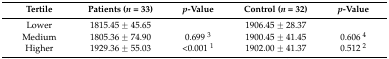
| Tertile | Patients (n = 33) | p-Value | Control (n = 32) | p-Value |
 | --- | --- | --- | --- | --- |
 | Lower | 1815.45 ± 45.65 |  | 1906.45 ± 28.37 |  |
 | Medium | 1805.36 ± 74.90 | 0.699 3 | 1900.45 ± 41.45 | 0.606 4 |
 | Higher | 1929.36 ± 55.03 | <0.001 1 | 1902.00 ± 41.37 | 0.512 2 |